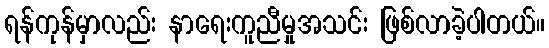
ရန်ကုန်မှာလည်း နာရေးကူညီမှုအသင်း ဖြစ်လာခဲ့ပါတယ်။